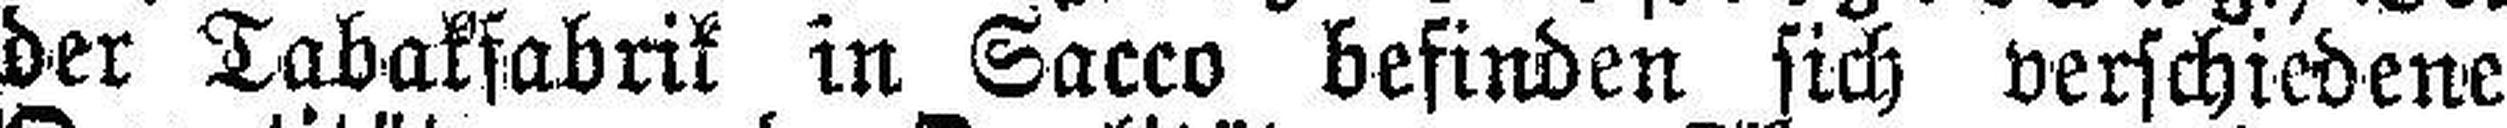
der Tabakfabrik in Sacco befinden sich verschiedene